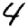
Digit: 4